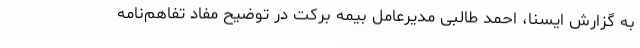
به گزارش ایسنا، احمد طالبی مدیرعامل بیمه برکت در توضیح مفاد تفاهم‌نامه